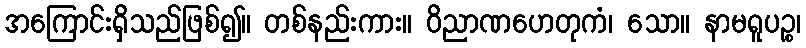
အကြောင်းရှိသည်ဖြစ်၍။ တစ်နည်းကား။ ဝိညာဏဟေတုကံ၊ သော။ နာမရူပဉ္စ၊